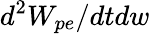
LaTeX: d^{2}W_{pe}/dtdw